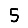
Digit: 5